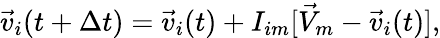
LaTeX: \vec{v}_{i}(t+\Delta t)=\vec{v}_{i}(t)+I_{im}[\vec{V}_{m}-\vec{v}_{i}(t)],